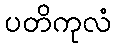
ပတိကုလံ